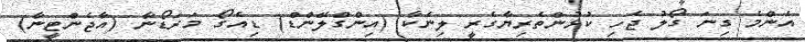
އެންމެ ގިނަ ގޯލު ޖެހި ކުޅުންތެރިޔާގެރީ ލިނެކާ (އިންގްލޭންޑް) ޑިއެގޯ މަރަޑޯނާ (އާޖެންޓީނާ)